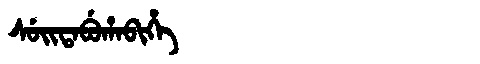
Manchu: ᠰᡠᡳᡨᠠᠪᡠᡥᠠᠪᡳᡥᡝ
Romanization: SUITABUHABIHE